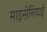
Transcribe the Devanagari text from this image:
माइसेनियाई